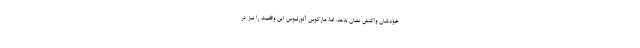
خودشان واکنش نشان بدهد. اما، مارکوس آئورلیوس این واقعیت را نیز در